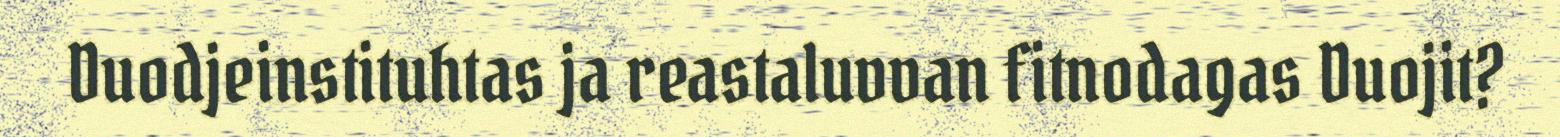
Duodjeinstituhtas ja reastaluvvan fitnodagas Duojit?